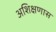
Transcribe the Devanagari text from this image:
अशिक्षणास